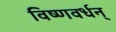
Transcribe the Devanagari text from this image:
विष्णवर्धन्